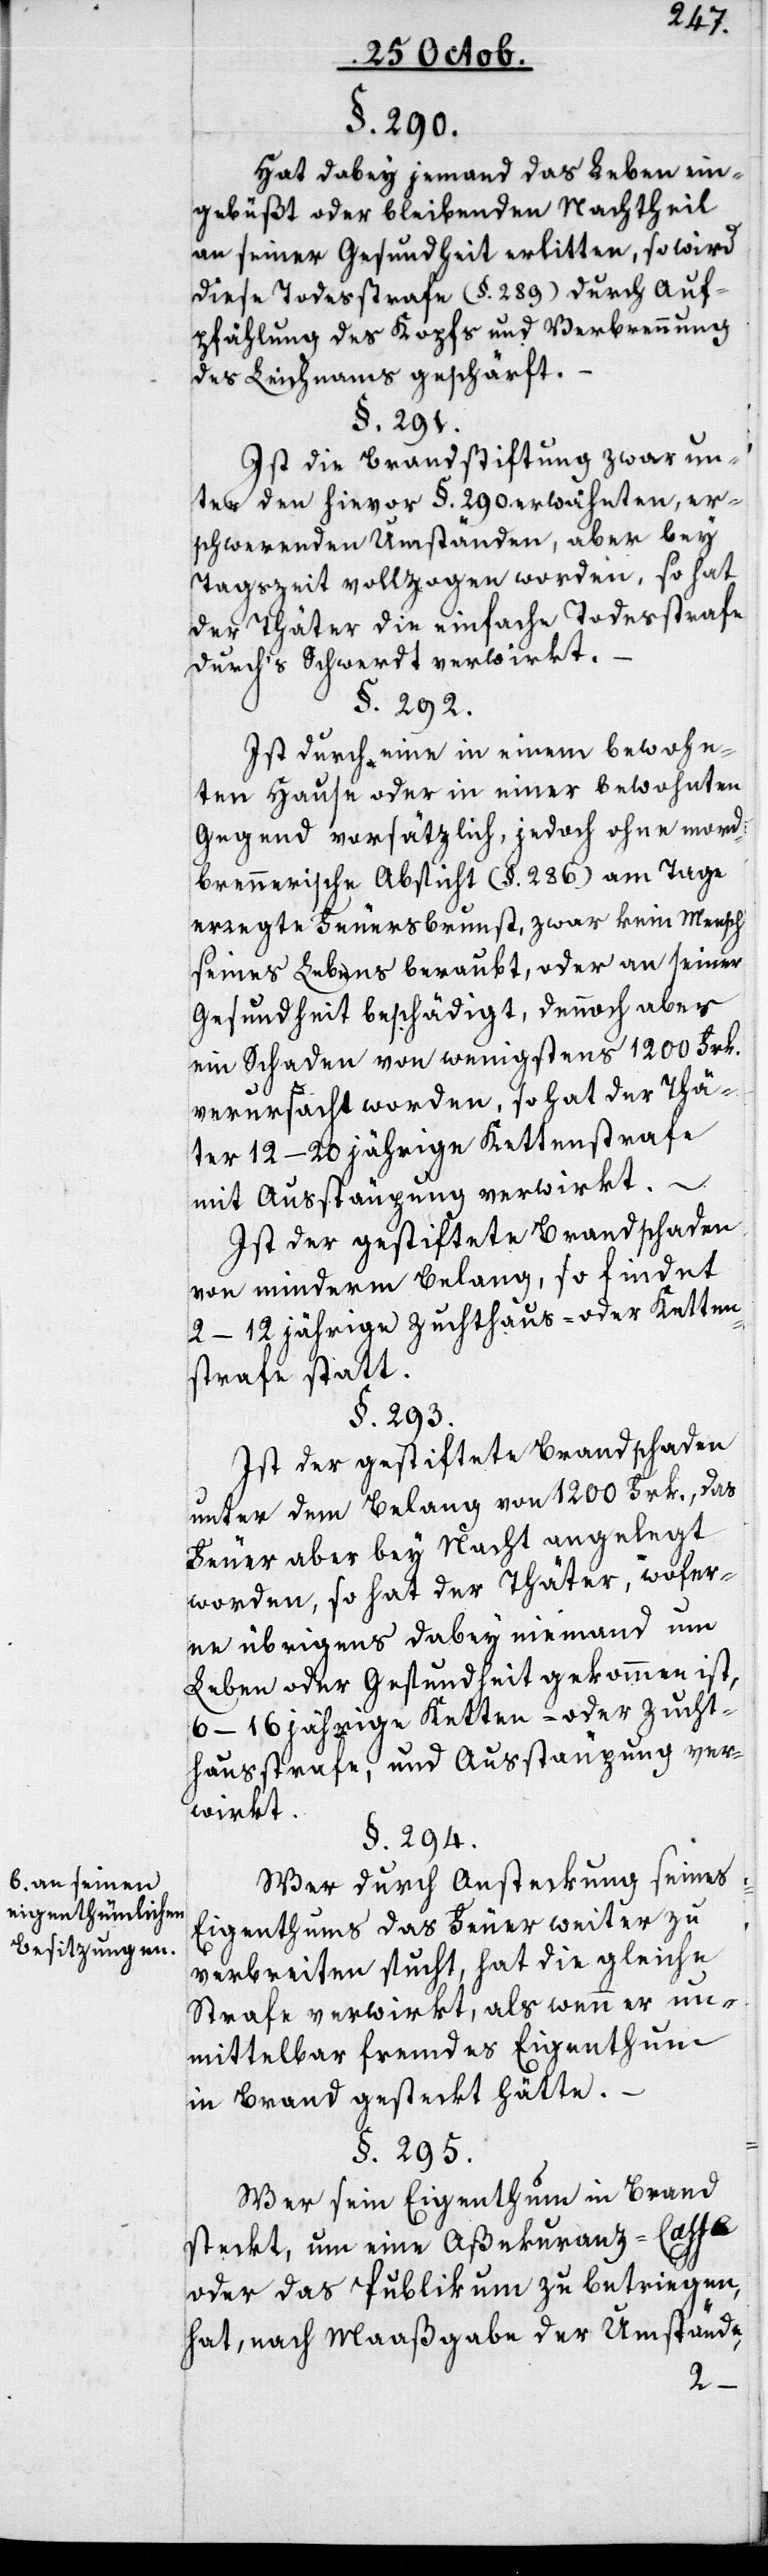
b. an seinen
eigenthümlichen
Besitzungen.

§. 290.
Hat dabey jemand das Leben ein¬
gebüßt oder bleibenden Nachtheil
an seiner Gesundheit erlitten, so wird
diese Todesstrafe (§. 289) durch Auf¬
pfählung des Kopfs und Verbrennung
des Leichnams geschärft.
§. 291.
Ist die Brandstiftung zwar un¬
ter den hievor §. 290. erwähnten, er¬
schwerenden Umständen, aber bey
Tagszeit vollzogen worden, so hat
der Thäter die einfache Todesstrafe
durchs Schwerdt verwirkt.
§. 292.
Ist durch eine in einem bewohn¬
ten Hause oder in einer bewohnten
Gegend vorsätzlich, jedoch ohne mord¬
brennerische Absicht (§. 286) am Tage
erregte Feuersbrunst zwar kein Mensch
seines Lebens beraubt, oder an seiner
Gesundheit beschädigt, dennoch aber
ein Schaden von wenigstens 1200 Frk.
verursacht worden, so hat der Thä¬
ter 12–20 jährige Kettenstrafe
mit Ausstäupung verwirkt.
Ist der gestiftete Brandschaden
von minderm Belang, so findet
2–12 jährige Zuchthaus- oder Ketten¬
strafe statt.
§. 293.
Ist der gestiftete Brandschaden
unter dem Belang von 1200 Frk., das
Feuer aber bey Nacht angelegt
worden, so hat der Thäter, wofer¬
ne übrigens dabey niemand um
Leben oder Gesundheit gekommen ist,
6–16 jährige Ketten- oder Zucht¬
hausstrafe und Ausstäupung ver¬
wirkt.
§. 294.
Wer durch Ansteckung seines
Eigenthums das Feuer weiter zu
verbreiten sucht, hat die gleiche
Strafe verwirkt, als wenn er un¬
mittelbar fremdes Eigenthum
in Brand gestekt hätte.
§. 295.
Wer sein Eigenthum in Brand
steckt, um eine Aßekuranz-Caße
oder das Publikum zu betriegen,
hat nach Maaßgabe der Umstände,